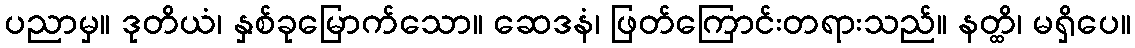
ပညာမှ။ ဒုတိယံ၊ နှစ်ခုမြောက်သော။ ဆေဒနံ၊ ဖြတ်ကြောင်းတရားသည်။ နတ္ထိ၊ မရှိပေ။